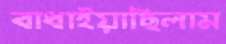
বাধাইয়াছিলাম